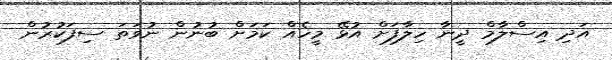
އަދި އިސްލާމް ދީނާ ހިލާފަށް އުޅޭ މީހެއް ކަމަށް ބުނުން ނުވަތަ ސިފަކުރުން